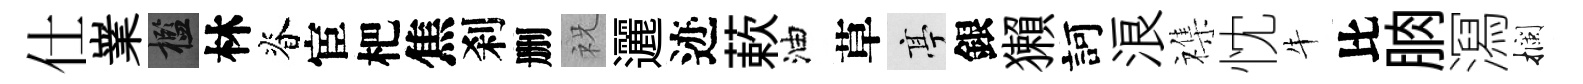
仕嶪檻林脊宦杷焦刹删祝邐迹蔌油草亭銀獺訶浪襍忱牛比朒㵼攔